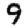
Digit: 9